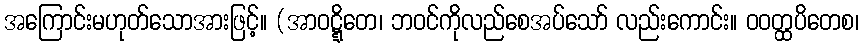
အကြောင်းမဟုတ်သောအားဖြင့်။ (အာဝဋ္ဋိတေ၊ ဘဝင်ကိုလည်စေအပ်သော် လည်းကောင်း။ ဝဝတ္ထပိတေစ၊